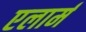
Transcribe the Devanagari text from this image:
एलार्म